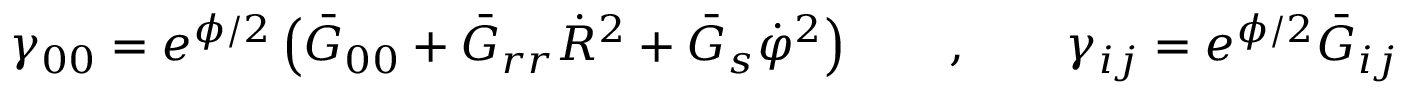
\gamma _ { 0 0 } = e ^ { \phi / 2 } \left( \bar { G } _ { 0 0 } + \bar { G } _ { r r } \dot { R } ^ { 2 } + \bar { G } _ { s } \dot { \varphi } ^ { 2 } \right) \qquad , \qquad \gamma _ { i j } = e ^ { \phi / 2 } \bar { G } _ { i j }